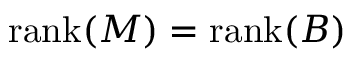
\operatorname { r a n k } ( M ) = \operatorname { r a n k } ( B )